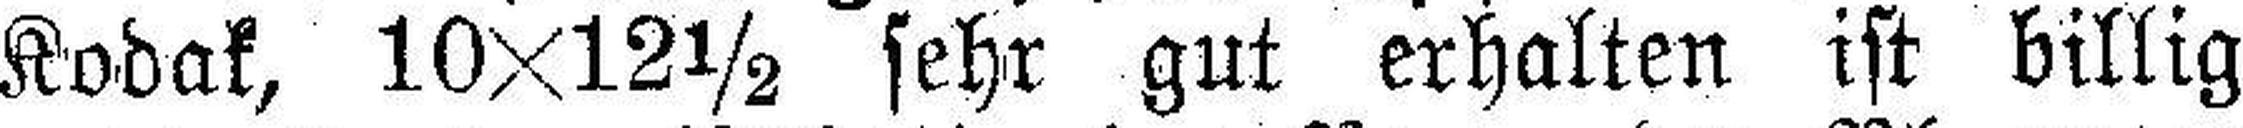
Kodak, 10x12½ sehr gut erhalten ist billig